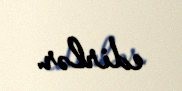
edirlər.